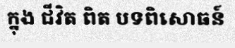
ក្នុង ជីវិត ពិត បទពិសោធន៍